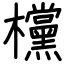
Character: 欓